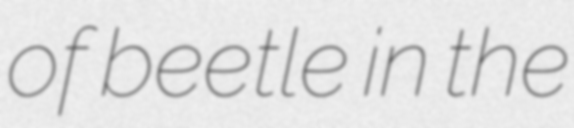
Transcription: of beetle in the